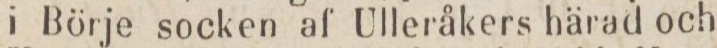
i Börje socken af Ulleråkers härad och